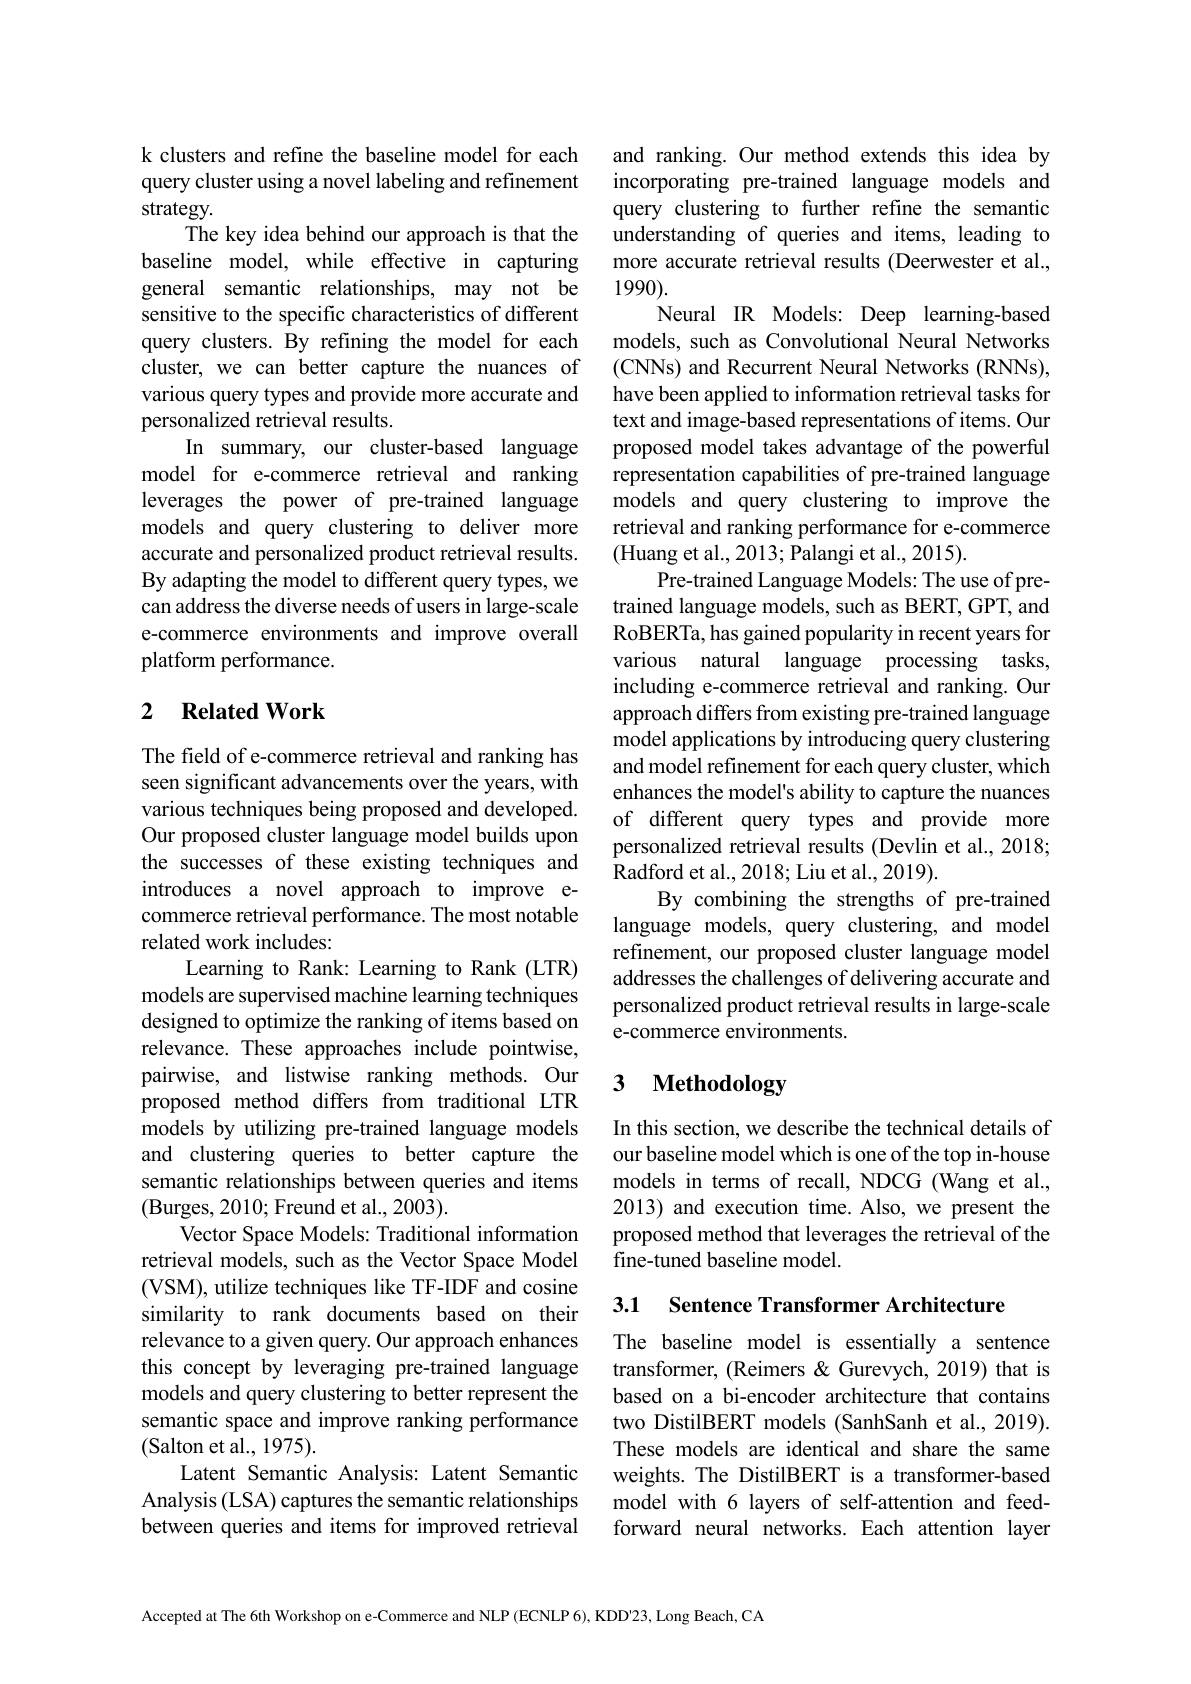
k clusters and refine the baseline model for each query cluster using a novel labeling and refinement strategy.
The key idea behind our approach is that the baseline model, while effective in capturing general semantic relationships, may not be sensitive to the specific characteristics of different query clusters. By refining the model for each cluster, we can better capture the nuances of various query types and provide more accurate and personalized retrieval results.
In summary, our cluster-based language proposed model takes advantage of the powerful
model for e-commerce retrieval and ranking leverages the power of pre-trained language models and query clustering to deliver more accurate and personalized product retrieval results. By adapting the model to different query types, we can address the diverse needs of users in large-scale e-commerce environments and improve overall platform performance.

## 2 $\textbf{Related Work}$

The field of e-commerce retrieval and ranking has seen significant advancements over the years, with various techniques being proposed and developed. Our proposed cluster language model builds upon the successes of these existing techniques and introduces a novel approach to improve ecommerce retrieval performance. The most notable related work includes:
Learning to Rank: Learning to Rank (LTR) models are supervised machine learning techniques designed to optimize the ranking of items based on relevance. These approaches include pointwise, pairwise, and listwise ranking methods. Our proposed method differs from traditional LTR models by utilizing pre-trained language models and clustering queries to better capture the semantic relationships between queries and items (Burges, 2010; Freund et al., 2003).
Vector Space Models: Traditional information retrieval models, such as the Vector Space Model (VSM), utilize techniques like TF-IDF and cosine similarity to rank documents based on their relevance to a given query. Our approach enhances this concept by leveraging pre-trained language models and query clustering to better represent the semantic space and improve ranking performance (Salton et al., 1975).
Latent Semantic Analysis: Latent Semantic Analysis (LSA) captures the semantic relationships between queries and items for improved retrieval

and ranking. Our method extends this idea by incorporating pre-trained language models and query clustering to further refine the semantic understanding of queries and items, leading to more accurate retrieval results (Deerwester et al., 1990).
Neural IR Models: Deep learning-based models, such as Convolutional Neural Networks (CNNs) and Recurrent Neural Networks (RNNs), have been applied to information retrieval tasks for text and image-based representations of items. Our representation capabilities of pre-trained language models and query clustering to improve the retrieval and ranking performance for e-commerce (Huang et al., 2013; Palangi et al., 2015).
Pre-trained Language Models: The use of pretrained language models, such as BERT, GPT, and RoBERTa, has gained popularity in recent years for various natural language processing tasks, including e-commerce retrieval and ranking. Our approach differs from existing pre-trained language model applications by introducing query clustering and model refinement for each query cluster, which enhances the model's ability to capture the nuances of different query types and provide more personalized retrieval results (Devlin et al., 2018; Radford et al., 2018; Liu et al., 2019).
By combining the strengths of pre-trained language models, query clustering, and model refinement, our proposed cluster language model addresses the challenges of delivering accurate and personalized product retrieval results in large-scale e-commerce environments.

# 3 Methodology

In this section, we describe the technical details of our baseline model which is one of the top in-house models in terms of recall, NDCG (Wang et al., 2013) and execution time. Also, we present the proposed method that leverages the retrieval of the fine-tuned baseline model.

3.1 Sentence Transformer Architecture

The baseline model is essentially a sentence transformer, (Reimers &Gurevych, 2019) that is based on a bi-encoder architecture that contains two DistilBERT models (SanhSanh et al., 2019). These models are identical and share the same weights. The DistilBERT is a transformer-based model with 6 layers of self-attention and feedforward neural networks.Each attention layer

Accepted at The 6th Workshop on e-Commerce and NLP (ECNLP 6), KDD'23, Long Beach, CA